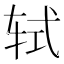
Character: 轼